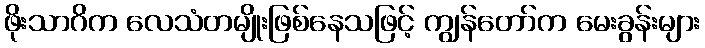
ဖိုးသာဂိက လေသံတမျိုးဖြစ်နေသဖြင့် ကျွန်တော်က မေးခွန်းများ